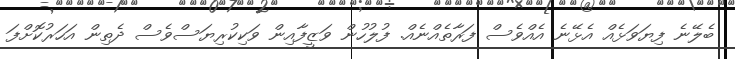
ބެލޭނެ ފިޔަވަޅެއް އެޅޭނެ އެއްވެސް ފަރާތެއްނެއް. ފުލުހުން ވަޒީފާއިން ވަކިކުރިޔަސްވެސް ދެތިން އަހަރުކޮށްފަ